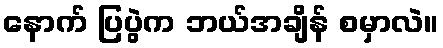
နောက် ပြပွဲက ဘယ်အချိန် စမှာလဲ။